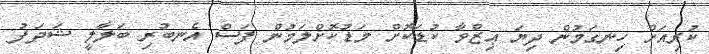
ކުރިއަށް ހިނގަމުން ދިޔަ ޢިޒްވާ ކުޑަކޮށް މަޑުކޮށްލަމުން ފަސް އެނބުރި ބަލާލީ ޝަދަފު